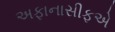
અફાનાસીફએ